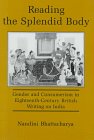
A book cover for Reading the Splendid Body: Gender and Consumerism in Eighteenth-Century British Writing on India; Nandini Bhattacharya; Travel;